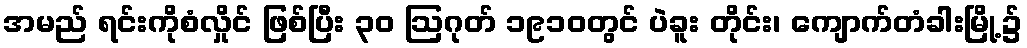
အမည် ရင်းကိုစံလှိုင် ဖြစ်ပြီး ၃၀ ဩဂုတ် ၁၉၁၀တွင် ပဲခူး တိုင်း၊ ကျောက်တံခါးမြို့၌